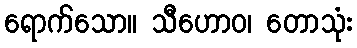
ရောက်သော။ သီဟောဝ၊ တောသုံး